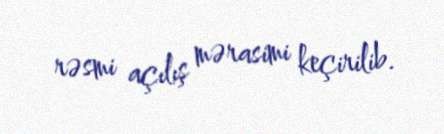
rəsmi açılış mərasimi keçirilib.